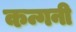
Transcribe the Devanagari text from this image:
कन्गनी